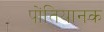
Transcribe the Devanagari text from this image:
पोंतियानक